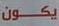
يكون